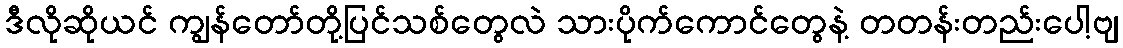
ဒီလိုဆိုယင် ကျွန်တော်တို့ပြင်သစ်တွေလဲ သားပိုက်ကောင်တွေနဲ့ တတန်းတည်းပေါ့ဗျ